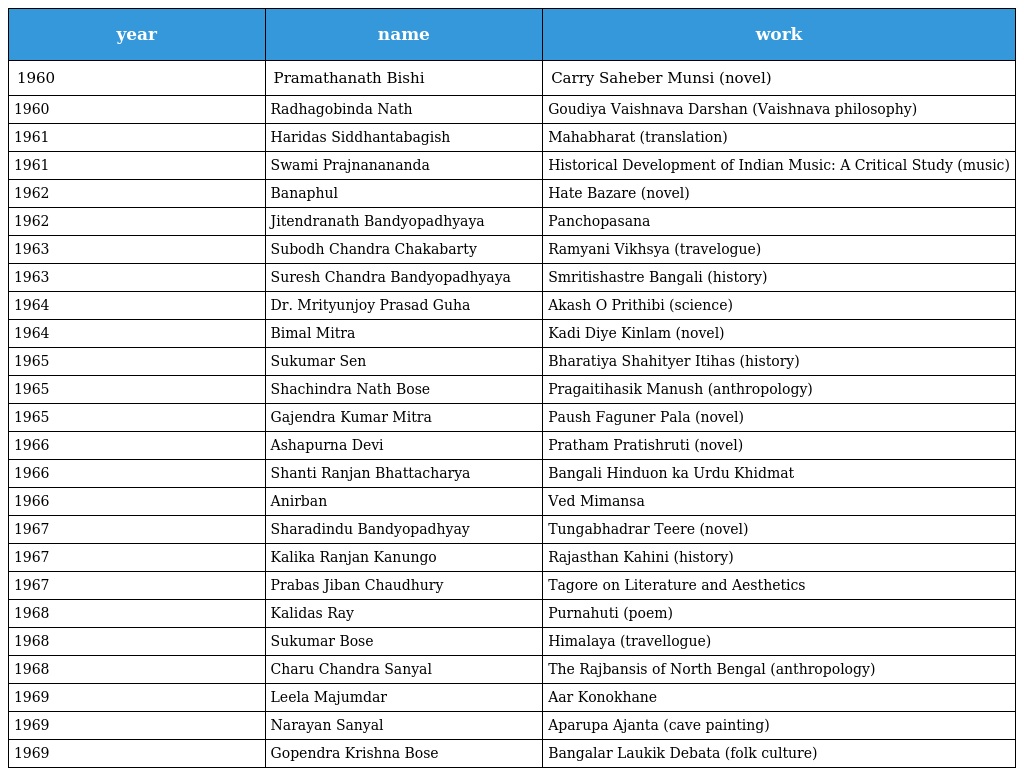
| year | name | work |
 | --- | --- | --- |
 | 1960 | Pramathanath Bishi | Carry Saheber Munsi (novel) |
 | 1960 | Radhagobinda Nath | Goudiya Vaishnava Darshan (Vaishnava philosophy) |
 | 1961 | Haridas Siddhantabagish | Mahabharat (translation) |
 | 1961 | Swami Prajnanananda | Historical Development of Indian Music: A Critical Study (music) |
 | 1962 | Banaphul | Hate Bazare (novel) |
 | 1962 | Jitendranath Bandyopadhyaya | Panchopasana |
 | 1963 | Subodh Chandra Chakabarty | Ramyani Vikhsya (travelogue) |
 | 1963 | Suresh Chandra Bandyopadhyaya | Smritishastre Bangali (history) |
 | 1964 | Dr. Mrityunjoy Prasad Guha | Akash O Prithibi (science) |
 | 1964 | Bimal Mitra | Kadi Diye Kinlam (novel) |
 | 1965 | Sukumar Sen | Bharatiya Shahityer Itihas (history) |
 | 1965 | Shachindra Nath Bose | Pragaitihasik Manush (anthropology) |
 | 1965 | Gajendra Kumar Mitra | Paush Faguner Pala (novel) |
 | 1966 | Ashapurna Devi | Pratham Pratishruti (novel) |
 | 1966 | Shanti Ranjan Bhattacharya | Bangali Hinduon ka Urdu Khidmat |
 | 1966 | Anirban | Ved Mimansa |
 | 1967 | Sharadindu Bandyopadhyay | Tungabhadrar Teere (novel) |
 | 1967 | Kalika Ranjan Kanungo | Rajasthan Kahini (history) |
 | 1967 | Prabas Jiban Chaudhury | Tagore on Literature and Aesthetics |
 | 1968 | Kalidas Ray | Purnahuti (poem) |
 | 1968 | Sukumar Bose | Himalaya (travellogue) |
 | 1968 | Charu Chandra Sanyal | The Rajbansis of North Bengal (anthropology) |
 | 1969 | Leela Majumdar | Aar Konokhane |
 | 1969 | Narayan Sanyal | Aparupa Ajanta (cave painting) |
 | 1969 | Gopendra Krishna Bose | Bangalar Laukik Debata (folk culture) |